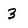
Character: 3